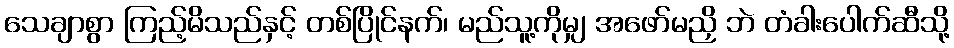
သေချာစွာ ကြည့်မိသည်နှင့် တစ်ပြိုင်နက်၊ မည်သူ့ကိုမျှ အဖော်မညှိ ဘဲ တံခါးပေါက်ဆီသို့